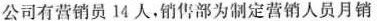
公司有营销员14人，销售部为制定营销人员月销